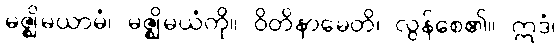
မဇ္ဈိမယာမံ၊ မဇ္ဈိမယံကို။ ဝိတိနာမေတိ၊ လွန်စေ၏။ ဣဒံ၊